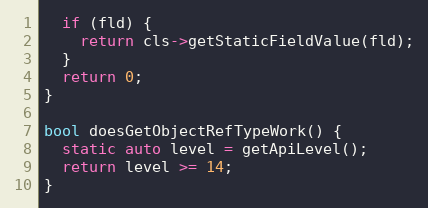
Language: C++
  if (fld) {
    return cls->getStaticFieldValue(fld);
  }
  return 0;
}

bool doesGetObjectRefTypeWork() {
  static auto level = getApiLevel();
  return level >= 14;
}